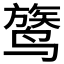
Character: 𬸦